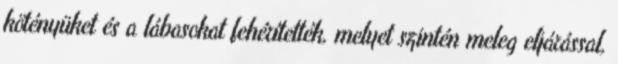
kötényüket és a lábasokat fehérítették, melyet szintén meleg eljárással,